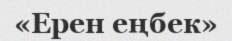
«Ерен еңбек»